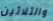
والثلاثين